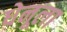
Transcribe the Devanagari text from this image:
धेनूला